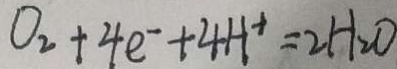
O _ { 2 } + 4 e ^ { - } + 4 H ^ { + } = 2 H _ { 2 } O